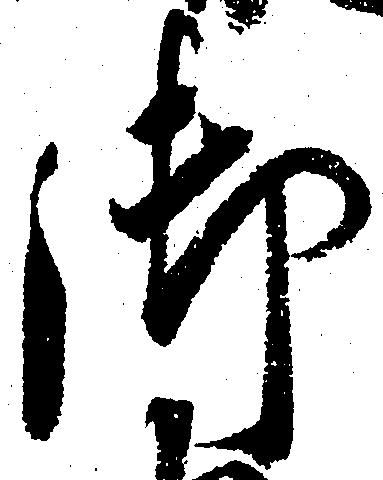
御